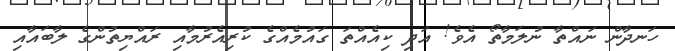
ހަނދާން ނައްތާ ނުލަމާތޯ އެވެ! އަދި ކިއެއްތަ ގައުމެއްގެ ކުރިއެރުމާއި ރައްޔިތުންގެ ލާބައާއި